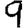
Digit: 9